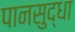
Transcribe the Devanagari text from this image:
पानसुद्धा